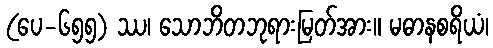
(ပေ-၆၅၅) ဿ၊ သောဘိတဘုရားမြတ်အား။ မဓာနစရိယံ၊